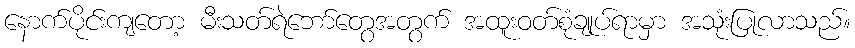
နောက်ပိုင်းကျတော့ မီးသတ်ရဲဘော်တွေအတွက် အထူးဝတ်စုံချုပ်ရာမှာ အသုံးပြုလာသည်။